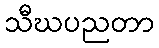
သီဃပညတာ